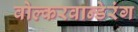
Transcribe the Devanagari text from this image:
वोल्करवान्डेरंग